Insane asylums Bombay 1873-77 - 1873-1877
Year: 1873
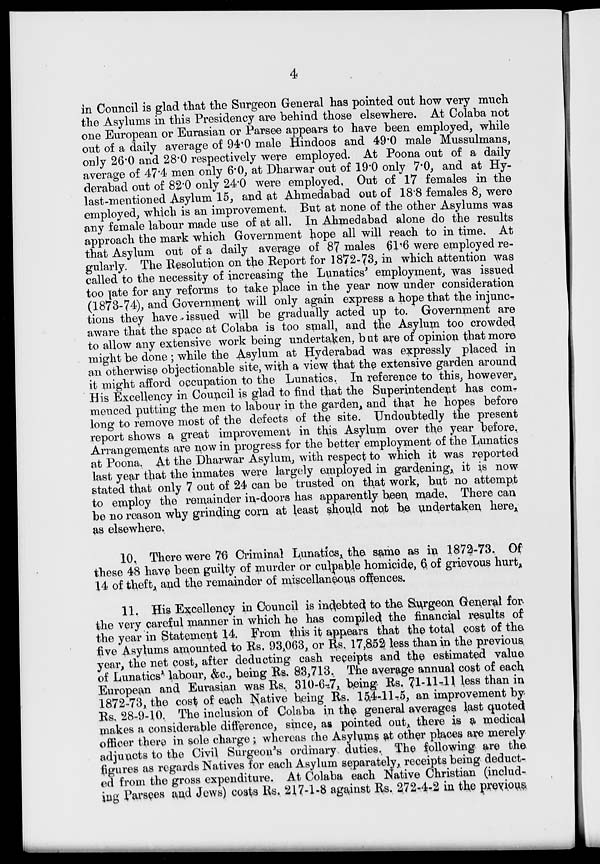
4
in Council is glad that the Surgeon General has pointed out how very much
the Asylums in this Presidency are behind those elsewhere. At Colaba not
one European or Eurasian or Parsee appears to have been employed, while
out of a daily average of 94.0 male Hindoos and 49.0 male Mussulmans,
only 26.0 and 28.0 respectively were employed. At Poona out of a daily
average of 47.4 men only 6.0, at Dharwar out of 19.0 only 7.0, and at Hy-
derabad out of 82.0 only 24.0 were employed, Out of 17 females in the
last-mentioned Asylum 15, and at Ahmedabad out of 18.8 females 8, were
employed, which is an improvement. But at none of the other Asylums was
any female labour made use of at all. In Ahmedabad alone do the results
approach the mark which Government hope all will reach to in time. At
that Asylum out of a daily average of 87 males 61.6 were employed re-
gularly. The Resolution on the Report for 1872-73, in which attention was
called to the necessity of increasing the Lunatics' employment, was issued
too late for any reforms to take place in the year now under consideration
(1873-74), and Government will only again express a hope that the injunc-
tions they have issued will be gradually acted up to. Government are
aware that the space at Colaba is too small, and the Asylum too crowded
to allow any extensive work being undertaken, but are of opinion that more
might be done; while the Asylum at Hyderabad was expressly placed in
an otherwise objectionable site, with a view that the extensive garden around
it might afford occupation to the Lunatics. In reference to this, however,
His Excellency in Council is glad to find that the Superintendent has com-
menced putting the men to labour in the garden, and that he hopes before
long to remove most of the defects of the site. Undoubtedly the present
report shows a great improvement in this Asylum over the year before.
Arrangements are now in progress for the better employment of the Lunatics
at Poona. At the Dharwar Asylum, with respect to which it was reported
last year that the inmates were largely employed in gardening, it is now
stated that only 7 out of 24 can be trusted on that work, but no attempt
to employ the remainder in-doors has apparently been made. There can
be no reason why grinding corn at least should not be undertaken here,
as elsewhere.
10. There were 76 Criminal Lunatics, the same as in 1872-73. Of
these 48 have been guilty of murder or culpable homicide, 6 of grievous hurt,
14 of theft, and the remainder of miscellaneous offences.
11. His Excellency in Council is indebted to the Surgeon General for
the very careful manner in which he has compiled the financial results of
the year in Statement 14. From this it appears that the total cost of the
five Asylums amounted to Rs. 93,063, or Rs. 17,852 less than in the previous
year, the net cost, after deducting cash receipts and the estimated value
of Lunatics' labour, &c., being Rs. 83,713. The average annual cost of each
European and Eurasian was Rs. 310-6-7, being Rs. 71-11-11 less than in
1872-73, the cost of each Native being Rs. 154-11-5, an improvement by
Rs. 28-9-10. The inclusion of Colaba in the general averages last quoted
makes a considerable difference, since, as pointed out, there is a medical
officer there in sole charge; whereas the Asylums at other places are merely
adjuncts to the Civil Surgeon's ordinary duties. The following are the
figures as regards Natives for each Asylum separately, receipts being deduct-
ed from the gross expenditure. At Colaba each Native Christian (includ-
ing Parsees and Jews) costs Rs. 217-1-8 against Rs. 272-4-2 in the previous